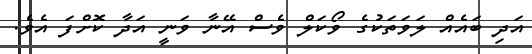
އަދި ބައެއް ލަވަތަކުގެ ވޯކަލް ވެސް އޭނާ ވަނީ އަދާ ކޮށްފަ އެވެ.